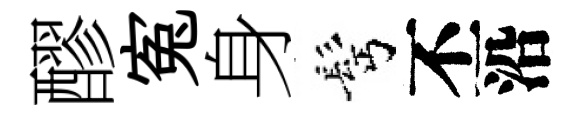
醪寃身髩丕沿